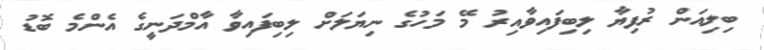
ބިލިއަން ރުފިޔާ ލިބިފައިވާއިރު މޭ މަހުގެ ނިޔަލަށް ލިބިފައިވާ އާމްދަނީގެ އެންމެ ބޮޑު